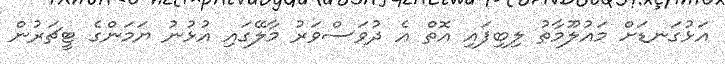
އަޅުގަނޑަށް މައުލޫމާތު ލިބިފައި އޮތް އެ ދުވަސްވަރު މާލޭގައި އުޅުނު ޔަމަންގެ ޓީޗަރުން